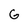
Character: G